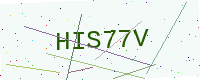
Text: HIS77V